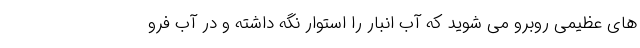
های عظیمی روبرو می شوید که آب انبار را استوار نگه داشته و در آب فرو